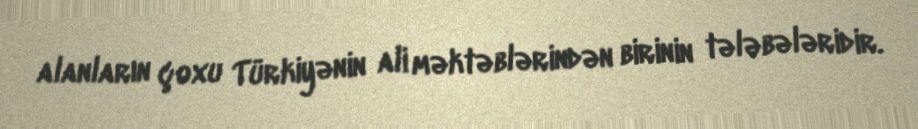
alanların çoxu Türkiyənin ali məktəblərindən birinin tələbələridir.